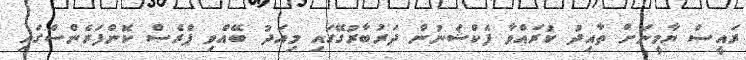
ރައީސް ޔާމީނަށް ތާއިދު ކުރައްވާ ފެކްޝަނުން ދަރުބާރުގޭގައި މިއަދު ބޭއްވި ޕްރެސް ކޮންފަރެންސްގައި